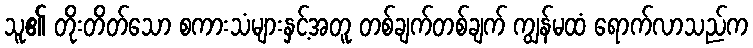
သူ၏ တိုးတိတ်သော စကားသံများနှင့်အတူ တစ်ချက်တစ်ချက် ကျွန်မထံ ရောက်လာသည်က